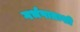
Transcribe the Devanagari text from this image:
गर्भपाताशी